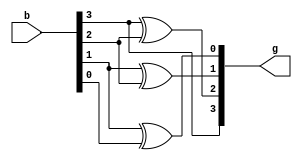
`timescale 1ns / 1ps
//////////////////////////////////////////////////////////////////////////////////
// Company: 
// Engineer: 
// 
// Design Name: 
// Module Name: Binary_to_gray
// Project Name: 
// Target Devices: 
// Tool Versions: 
// Description: 
// 
// Dependencies: 
// 
// Revision:
// Revision 0.01 - File Created
// Additional Comments:
// 
//////////////////////////////////////////////////////////////////////////////////


module Binary_to_gray(b,g);
input [3:0]b;
output [3:0]g;
assign g[3]=b[3];
xor x1(g[2],b[3],b[2]);
xor x2(g[1],b[1],b[2]);
xor x3(g[0],b[1],b[0]);
endmodule